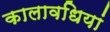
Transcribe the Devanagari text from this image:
कालावधियां